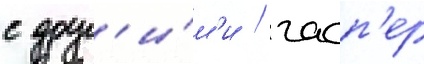
с друг'и́м'и / гасп'ер